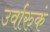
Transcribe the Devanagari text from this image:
उर्वारुकं